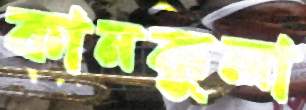
কানকুলা